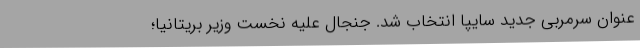
عنوان سرمربی جدید سایپا انتخاب شد. جنجال علیه نخست وزیر بریتانیا؛